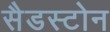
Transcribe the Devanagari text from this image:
सैडस्टोन